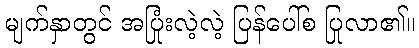
မျက်နှာတွင် အပြုံးလဲ့လဲ့ ပြန်ပေါ်စ ပြုလာ၏။